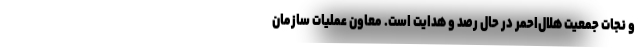
و نجات جمعیت هلال‌احمر در حال رصد و هدایت است. معاون عملیات سازمان